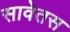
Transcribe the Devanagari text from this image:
सावेतस